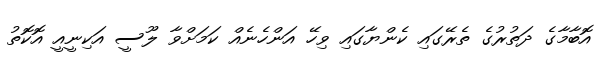
އޮބާމާގެ ދަތުރުގެ ތެރޭގައި ކެންޔާގައި ވިހޭ އަންހެނެއް ކަމަށްވާ ލޫސީ އަކިނީއީ އޮކޮތު